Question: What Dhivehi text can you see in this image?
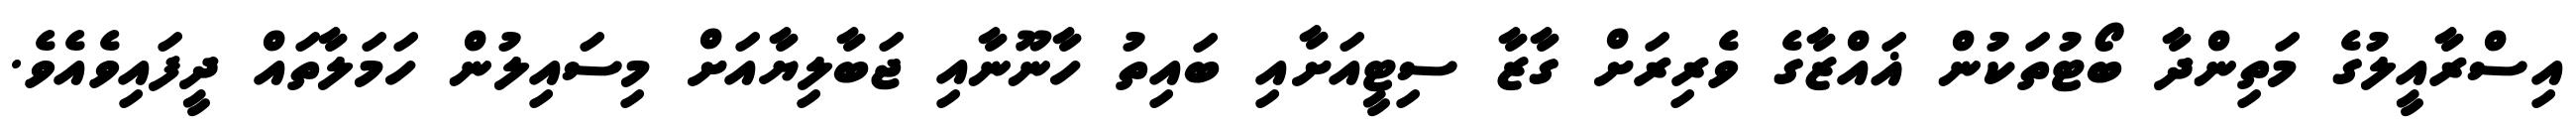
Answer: އިސްރާއީލުގެ މަތިންދާ ބޯޓުތަކުން ޣައްޒާގެ ވެރިރަށް ގާޒާ ސިޓީއަށާއި ބައިތު ހާނޫނާއި ޖަބާލިޔާއަށް މިސައިލުން ހަމަލާތައް ދީފައިވެއެވެ.